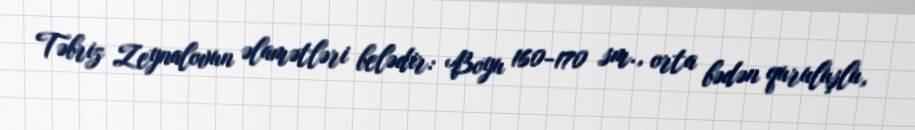
Təbriz Zeynalovun əlamətləri belədir: Boyu 160-170 sm., orta bədən quruluşlu,